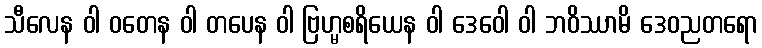
သီလေန ဝါ ဝတေန ဝါ တပေန ဝါ ဗြဟ္မစရိယေန ဝါ ဒေဝေါ ဝါ ဘဝိဿာမိ ဒေဝညတရော